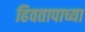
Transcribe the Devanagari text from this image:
हिवतापाच्या